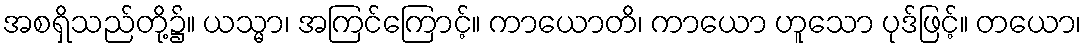
အစရှိသည်တို့၌။ ယသ္မာ၊ အကြင်ကြောင့်။ ကာယောတိ၊ ကာယော ဟူသော ပုဒ်ဖြင့်။ တယော၊